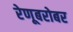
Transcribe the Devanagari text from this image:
रेणूबरोबर